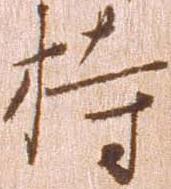
持